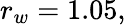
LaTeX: r_{w}=1.05,